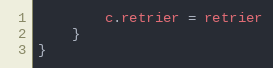
Language: Go
		c.retrier = retrier
	}
}